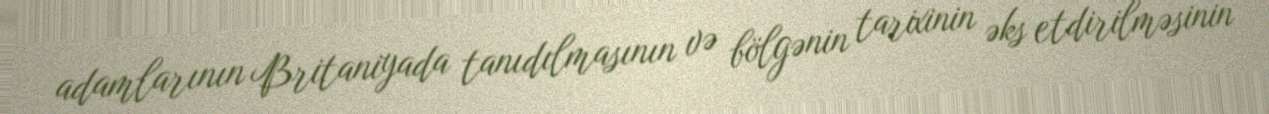
adamlarının Britaniyada tanıdılmasının və bölgənin tarixinin əks etdirilməsinin